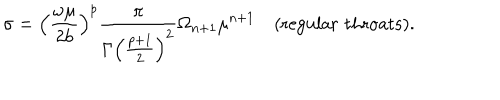
LaTeX: \sigma = \left( { \frac { \omega \mu } { 2 b } } \right) ^ { p } { \frac { \pi } { \Gamma \left( { \frac { p + 1 } { 2 } } \right) ^ { 2 } } } \Omega _ { n + 1 } \mu ^ { n + 1 } \quad \mathrm { ( r e g u l a r \, \, t h r o a t s ) } .